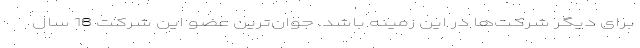
برای دیگر شرکت‌‌ها در این زمینه باشد. جوان‌ترین عضو این شرکت 18 سال